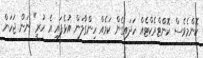
ކޮންމެވެސް ކޮންޓްރެކްޓެއް ހަދައިގެން ކަމެއް ހިންގާލަން އުޅެފައި އެ ހުރީ" ނަން ޖަހަން